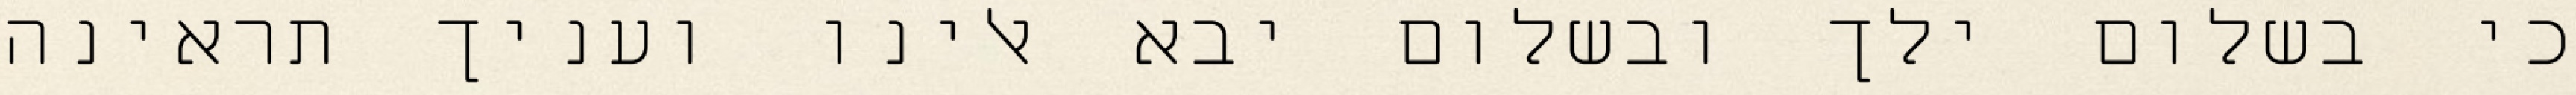
כי בשלום ילך ובשלום יבא אלינו ועניך תראינה